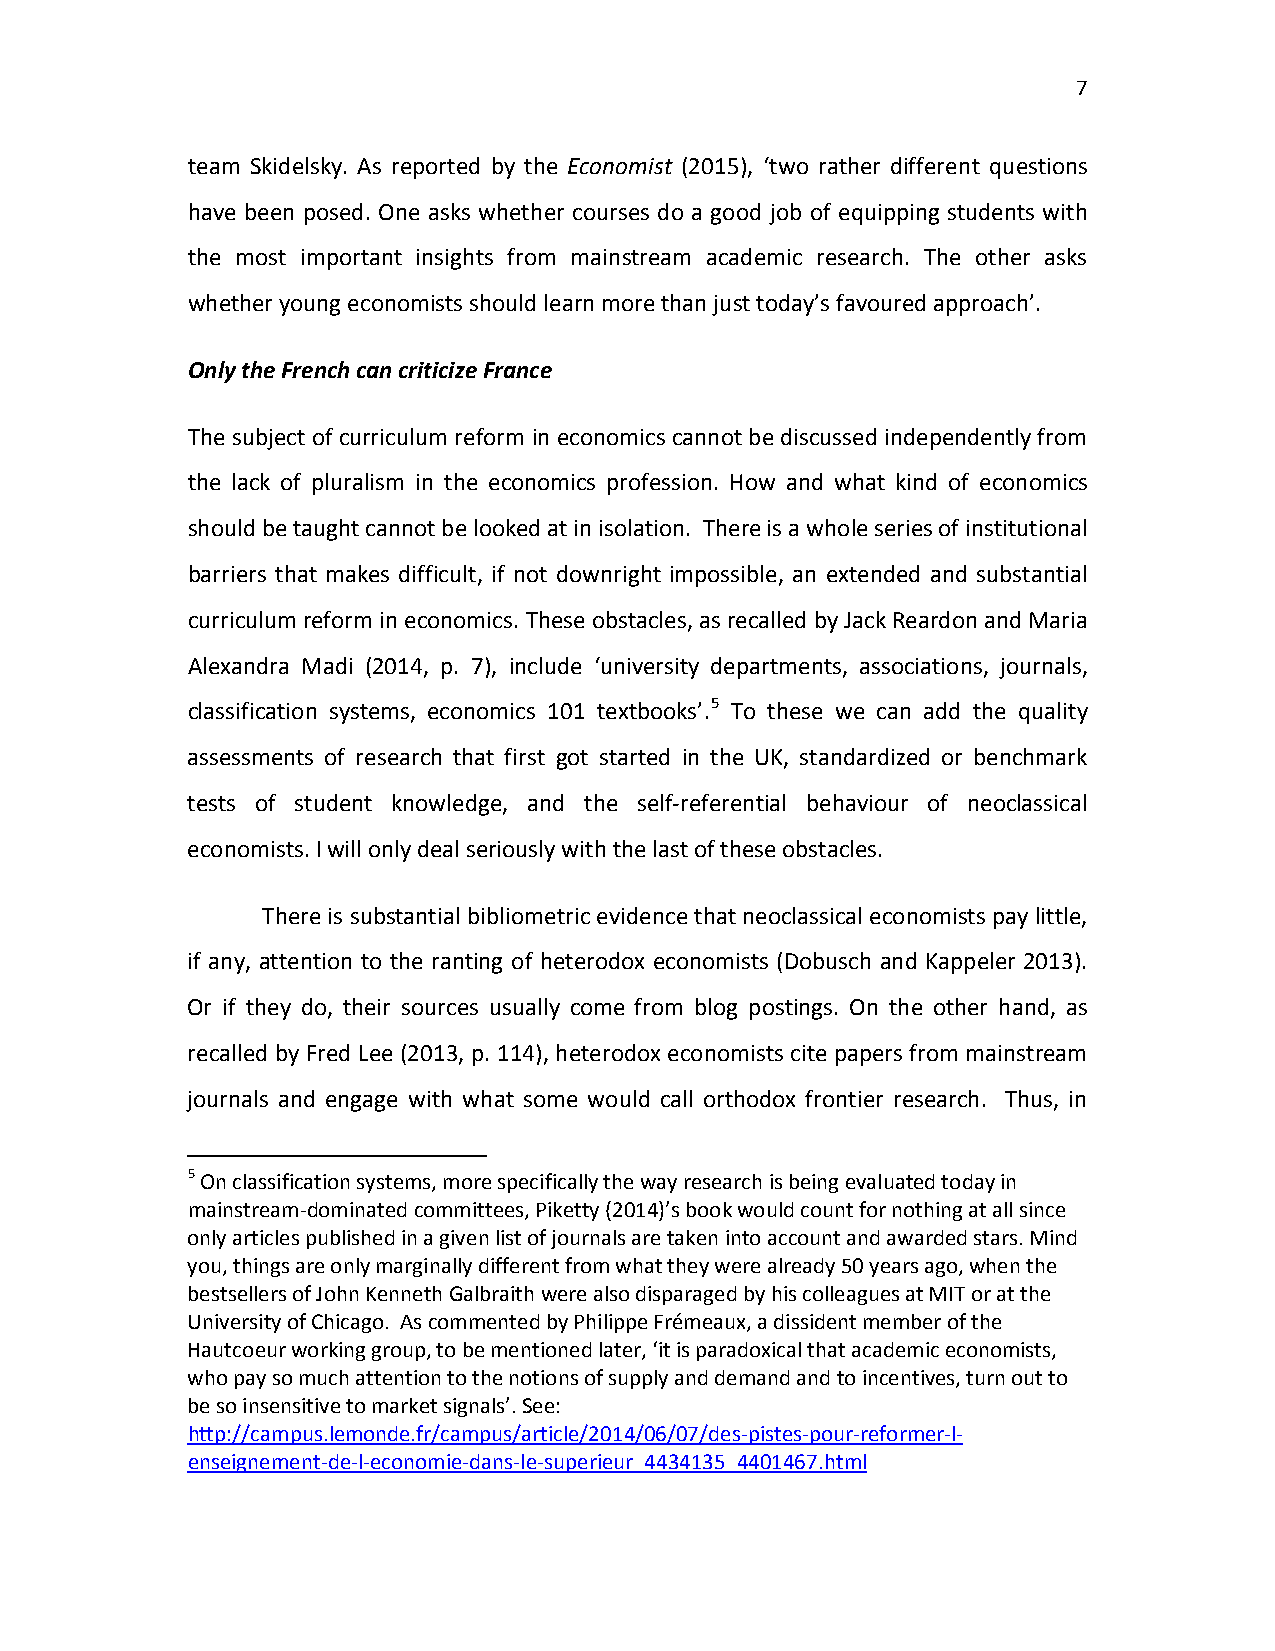
7
 team Skidelsky. As reported by the Economist (2015), ‘two rather different questions
 have been posed. One asks whether courses do a good job of equipping students with
 the most important insights from mainstream academic research. The other asks
 whether young economists should learn more than just today’s favoured approach’.
 Only the French can criticize France
 The subject of curriculum reform in economics cannot be discussed independently from
 the lack of pluralism in the economics profession. How and what kind of economics
 should be taught cannot be looked at in isolation. There is a whole series of institutional
 barriers that makes difficult, if not downright impossible, an extended and substantial
 curriculum reform in economics. These obstacles, as recalled by Jack Reardon and Maria
 Alexandra Madi (2014, p. 7), include ‘university departments, associations, journals,
 classification systems, economics 101 textbooks’.5 To these we can add the quality
 assessments of research that first got started in the UK, standardized or benchmark
 tests of student knowledge, and the self-referential behaviour of neoclassical
 economists. I will only deal seriously with the last of these obstacles.
 There is substantial bibliometric evidence that neoclassical economists pay little,
 if any, attention to the ranting of heterodox economists (Dobusch and Kappeler 2013).
 Or if they do, their sources usually come from blog postings. On the other hand, as
 recalled by Fred Lee (2013, p. 114), heterodox economists cite papers from mainstream
 journals and engage with what some would call orthodox frontier research. Thus, in
 5 On classification systems, more specifically the way research is being evaluated today in
 mainstream-dominated committees, Piketty (2014)’s book would count for nothing at all since
 only articles published in a given list of journals are taken into account and awarded stars. Mind
 you, things are only marginally different from what they were already 50 years ago, when the
 bestsellers of John Kenneth Galbraith were also disparaged by his colleagues at MIT or at the
 University of Chicago. As commented by Philippe Frémeaux, a dissident member of the
 Hautcoeur working group, to be mentioned later, ‘it is paradoxical that academic economists,
 who pay so much attention to the notions of supply and demand and to incentives, turn out to
 be so insensitive to market signals’. See:
 http://campus.lemonde.fr/campus/article/2014/06/07/des-pistes-pour-reformer-l-
 enseignement-de-l-economie-dans-le-superieur_4434135_4401467.html